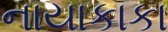
નાયાકાકા